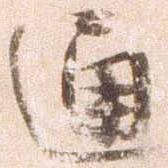
通